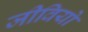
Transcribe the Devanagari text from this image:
जीवियो